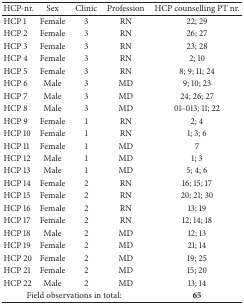
<table><thead><tr><td><b>HCP-nr. </b></td><td><b>Sex</b></td><td><b>Clinic</b></td><td><b>Profession</b></td><td><b>HCP counselling PT nr.</b></td></tr></thead><tbody><tr><td>HCP 1</td><td>Female</td><td>3</td><td>RN</td><td>22; 29</td></tr><tr><td>HCP 2 </td><td>Female</td><td>3</td><td>RN</td><td>26; 27</td></tr><tr><td>HCP 3</td><td>Female</td><td>3</td><td>RN</td><td>23; 28</td></tr><tr><td>HCP 4</td><td>Female</td><td>3</td><td>RN</td><td>2; 10</td></tr><tr><td>HCP 5</td><td>Female</td><td>3</td><td>RN</td><td>8; 9; 11; 24</td></tr><tr><td>HCP 6</td><td>Male</td><td>3</td><td>MD </td><td>9; 10; 23</td></tr><tr><td>HCP 7</td><td>Male</td><td>3</td><td>MD</td><td>24; 26; 27</td></tr><tr><td>HCP 8</td><td>Male</td><td>3</td><td>MD</td><td>01–013; 11; 22</td></tr><tr><td>HCP 9</td><td>Female</td><td>1</td><td>RN</td><td>2; 4</td></tr><tr><td>HCP 10</td><td>Female</td><td>1</td><td>RN</td><td>1; 3; 6</td></tr><tr><td>HCP 11</td><td>Female</td><td>1</td><td>MD</td><td>7</td></tr><tr><td>HCP 12</td><td>Male</td><td>1</td><td>MD</td><td>1; 3</td></tr><tr><td>HCP 13</td><td>Male</td><td>1</td><td>MD</td><td>5; 4; 6</td></tr><tr><td>HCP 14</td><td>Female</td><td>2</td><td>RN</td><td>16; 15; 17</td></tr><tr><td>HCP 15</td><td>Female</td><td>2</td><td>RN</td><td>20; 21; 30</td></tr><tr><td>HCP 16</td><td>Female</td><td>2</td><td>RN</td><td>13; 19</td></tr><tr><td>HCP 17</td><td>Female</td><td>2</td><td>RN</td><td>12; 14; 18</td></tr><tr><td>HCP 18</td><td>Male</td><td>2</td><td>MD</td><td>12; 13</td></tr><tr><td>HCP 19</td><td>Female</td><td>2</td><td>MD</td><td>21; 14</td></tr><tr><td>HCP 20</td><td>Female</td><td>2</td><td>MD</td><td>19; 25</td></tr><tr><td>HCP 21</td><td>Female</td><td>2</td><td>MD</td><td>15; 20</td></tr><tr><td>HCP 22</td><td>Male</td><td>2</td><td>MD</td><td>13; 14</td></tr><tr><td colspan="4">Field observations in total:</td><td><b>65</b></td></tr></tbody></table>